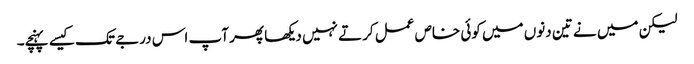
لیکن میں نے تین دنوں میں کوئی خاص عمل کرتے نہیں دیکھا پھر آپ اس درجے تک کیسے پہنچے۔